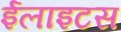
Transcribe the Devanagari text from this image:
ईलाइटस